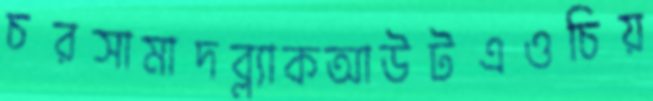
চরসামাদব্ল্যাকআউটএওচিয়